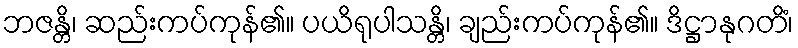
ဘဇန္တိ၊ ဆည်းကပ်ကုန်၏။ ပယိရုပါသန္တိ၊ ချည်းကပ်ကုန်၏။ ဒိဋ္ဌာနုဂတိံ၊